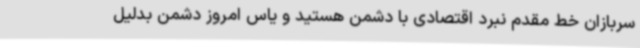
سربازان خط مقدم نبرد اقتصادی با دشمن هستید و یاس امروز دشمن بدلیل